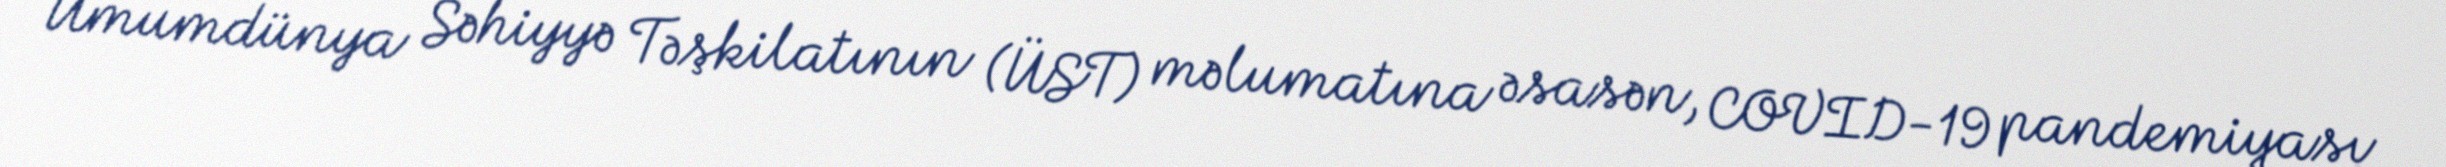
Ümumdünya Səhiyyə Təşkilatının (ÜST) məlumatına əsasən, COVID-19 pandemiyası